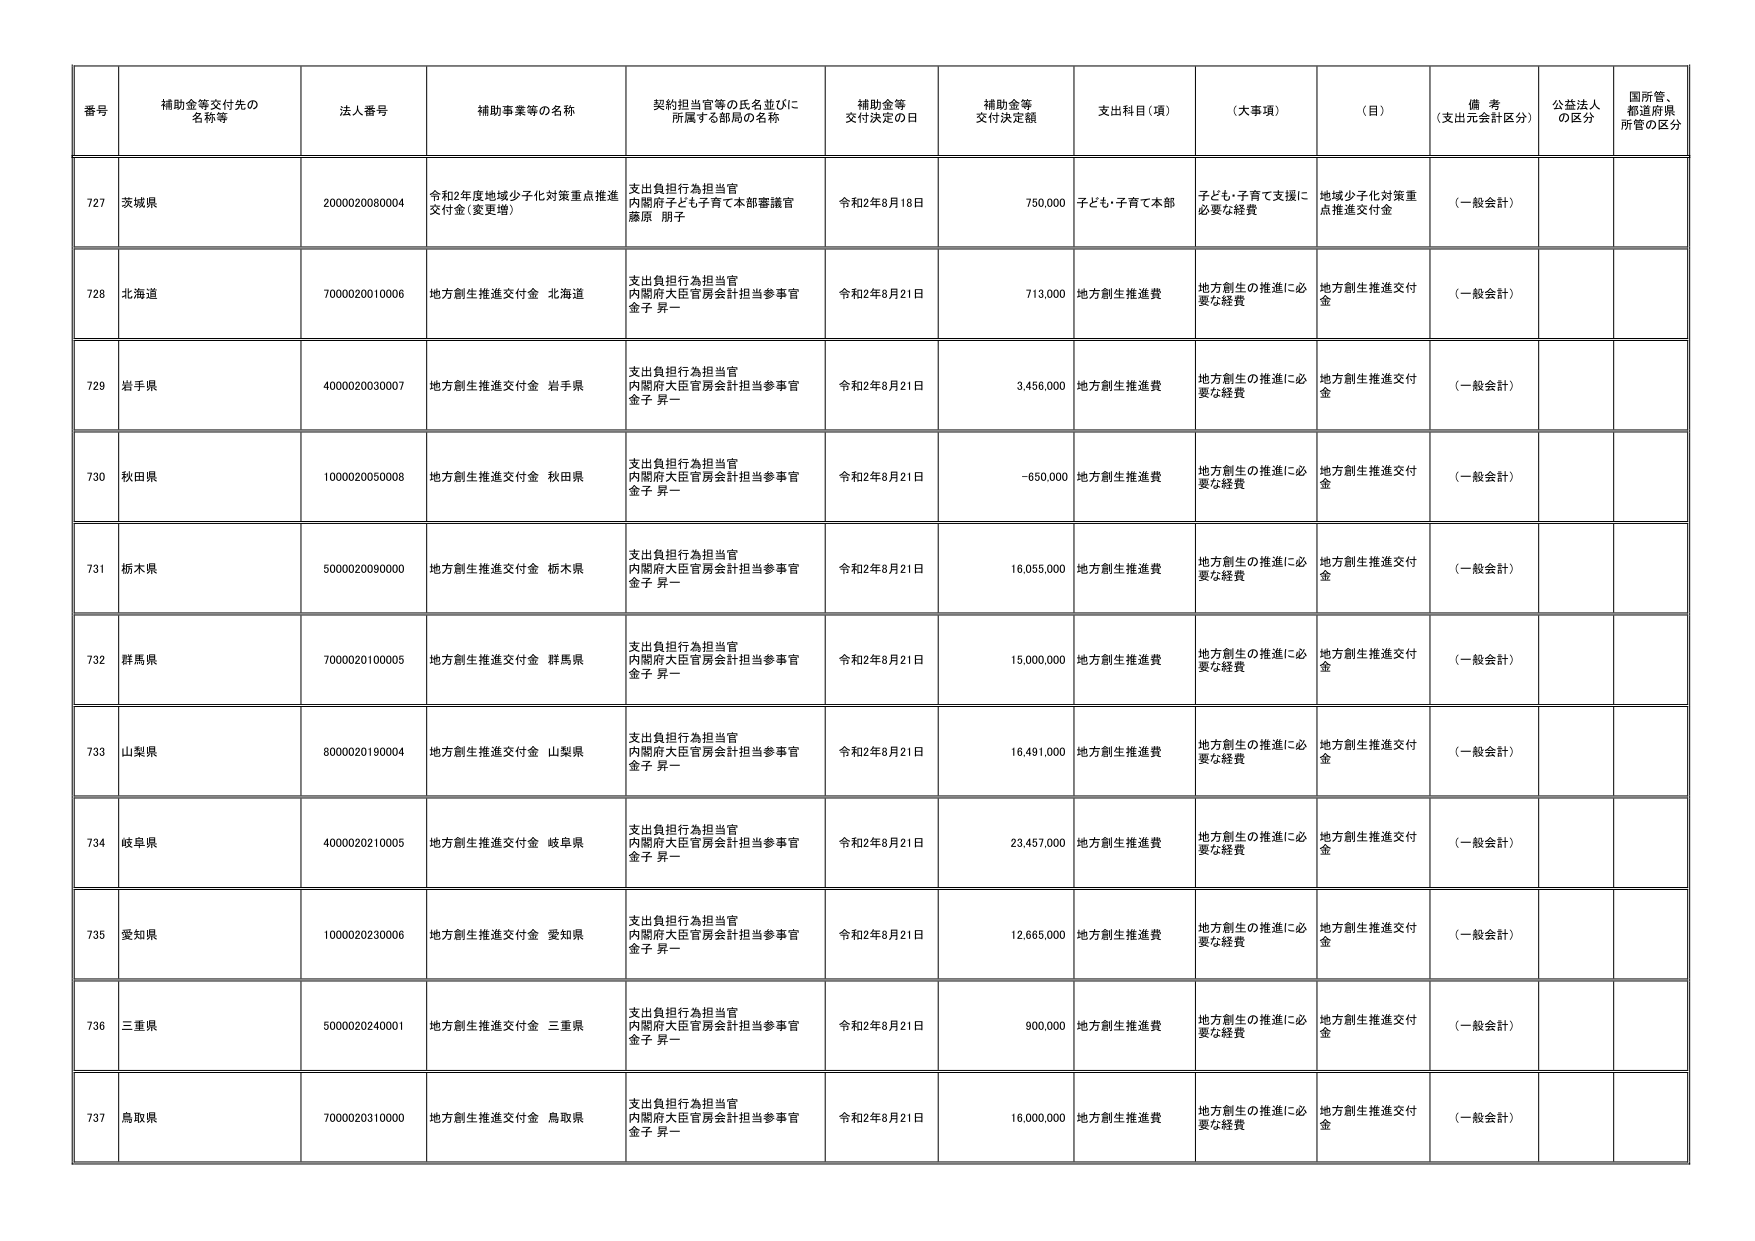
番号 補助金等交付先の名称等 法人番号 補助事業等の名称 契約担当官等の氏名並びに所属する部局の名称 補助金等交付決定の日 補助金等交付決定額 支出科目（項） （大事項） （目） 備考（支出元会計区分） 公益法人の区分 国所管、都道府県所管の区分
727 茨城県 2000020080004 令和2年度地域少子化対策重点推進交付金（変更増） 支出負担行為担当官 内閣府子ども子育て本部審議官 藤原 朋子 令和2年8月18日 750,000 子ども・子育て本部 地域少子化対策重点推進交付金 子ども・子育て支援に必要な経費 （一般会計）
728 北海道 7000020010006 地方創生推進交付金 北海道 支出負担行為担当官 内閣府大臣官房会計担当参事官 金子 昇一 令和2年8月21日 713,000 地方創生推進費 地方創生の推進に必要な経費 地方創生推進交付金 （一般会計）
729 岩手県 4000020030007 地方創生推進交付金 岩手県 支出負担行為担当官 内閣府大臣官房会計担当参事官 金子 昇一 令和2年8月21日 3,456,000 地方創生推進費 地方創生の推進に必要な経費 地方創生推進交付金 （一般会計）
730 秋田県 1000020050008 地方創生推進交付金 秋田県 支出負担行為担当官 内閣府大臣官房会計担当参事官 金子 昇一 令和2年8月21日 -650,000 地方創生推進費 地方創生の推進に必要な経費 地方創生推進交付金 （一般会計）
731 栃木県 5000020090000 地方創生推進交付金 栃木県 支出負担行為担当官 内閣府大臣官房会計担当参事官 金子 昇一 令和2年8月21日 16,055,000 地方創生推進費 地方創生の推進に必要な経費 地方創生推進交付金 （一般会計）
732 群馬県 7000020100005 地方創生推進交付金 群馬県 支出負担行為担当官 内閣府大臣官房会計担当参事官 金子 昇一 令和2年8月21日 15,000,000 地方創生推進費 地方創生の推進に必要な経費 地方創生推進交付金 （一般会計）
733 山梨県 8000020190004 地方創生推進交付金 山梨県 支出負担行為担当官 内閣府大臣官房会計担当参事官 金子 昇一 令和2年8月21日 16,491,000 地方創生推進費 地方創生の推進に必要な経費 地方創生推進交付金 （一般会計）
734 岐阜県 4000020210005 地方創生推進交付金 岐阜県 支出負担行為担当官 内閣府大臣官房会計担当参事官 金子 昇一 令和2年8月21日 23,457,000 地方創生推進費 地方創生の推進に必要な経費 地方創生推進交付金 （一般会計）
735 愛知県 1000020230006 地方創生推進交付金 愛知県 支出負担行為担当官 内閣府大臣官房会計担当参事官 金子 昇一 令和2年8月21日 12,665,000 地方創生推進費 地方創生の推進に必要な経費 地方創生推進交付金 （一般会計）
736 三重県 5000020240001 地方創生推進交付金 三重県 支出負担行為担当官 内閣府大臣官房会計担当参事官 金子 昇一 令和2年8月21日 900,000 地方創生推進費 地方創生の推進に必要な経費 地方創生推進交付金 （一般会計）
737 鳥取県 7000020310000 地方創生推進交付金 鳥取県 支出負担行為担当官 内閣府大臣官房会計担当参事官 金子 昇一 令和2年8月21日 16,000,000 地方創生推進費 地方創生の推進に必要な経費 地方創生推進交付金 （一般会計）